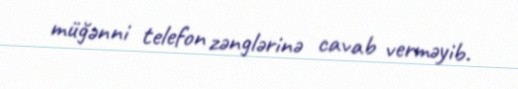
müğənni telefon zənglərinə cavab verməyib.